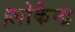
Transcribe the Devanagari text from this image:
।लोकेन्द्र